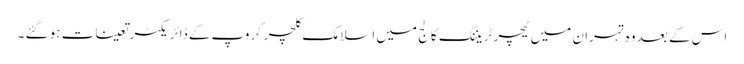
اس کے بعد وہ تہران میں ٹیچر ٹریننگ کالج میں اسلامک کلچر گروپ کے ڈائریکٹر تعینات ہو گئے ۔